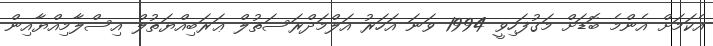
އެކަމަށް އެންމެ ބޮޑަށް މަގުފަހިވީ 1994 ވަނަ އަހަރު އަލްމަދްރަސަތުލް ޢަރަބިއްޔަތުލް އިސްލާމިއްޔާއިން